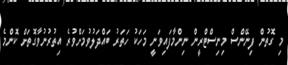
މި ގޮތުން ފިނޭންސް މިނިސްޓްރީން ނިންމާފައިވަނީ މަހަކު ހަތަރު ބައްދަލުވުމަށްވުރެ އިތުރުނުވާގޮތަށް ކޮންމެ